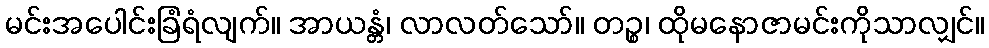
မင်းအပေါင်းခြံရံလျက်။ အာယန္တံ၊ လာလတ်သော်။ တဉ္စ၊ ထိုမနောဇာမင်းကိုသာလျှင်။